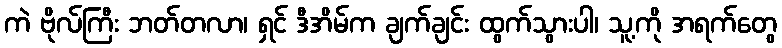
ကဲ ဗိုလ်ကြီး ဘတ်တလာ၊ ရှင် ဒီအိမ်က ချက်ချင်း ထွက်သွားပါ၊ သူ့ကို အရက်တွေ